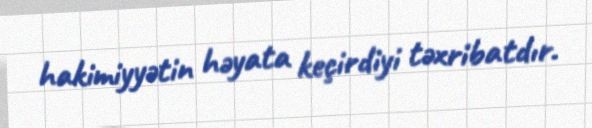
hakimiyyətin həyata keçirdiyi təxribatdır.